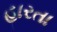
હારતા